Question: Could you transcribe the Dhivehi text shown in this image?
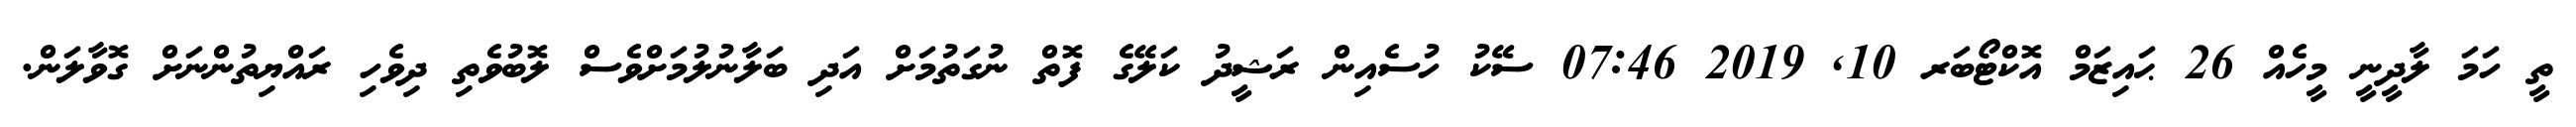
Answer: ތީ ހަމަ ލާދީނީ މީހެއް 26 ޙައިޒަމް އޮކްޓޯބަރ 10, 2019 07:46 ސޭކު ހުސެއިން ރަޝީދު ކަލޭގެ ފޮތް ނުގަތުމަށް އަދި ބަލާނުލުމަށްވެސް ލޮބުވެތި ދިވެހި ރައްޔިތުންނަށް ގޮވާލަން.